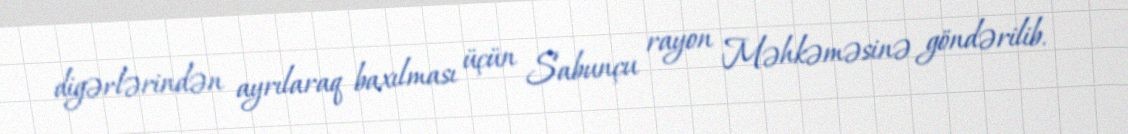
digərlərindən ayrılaraq baxılması üçün Sabunçu rayon Məhkəməsinə göndərilib.